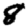
Digit: 8